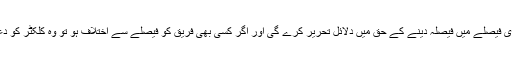
کونسل اپنے تحریری فیصلے میں فیصلہ دینے کے حق میں دلائل تحریر کرے گی اور اگر کسی بھی فریق کو فیصلے سے اختلاف ہو تو وہ کلکٹر کو دعوی دائر کرے گا ۔